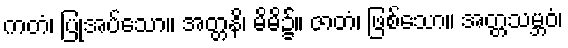
ကတံ၊ ပြုအပ်သော။ အတ္တနိ၊ မိမိ၌။ ဇာတံ၊ ဖြစ်သော။ အတ္တသမ္ဘဝံ၊